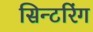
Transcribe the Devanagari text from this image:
सिन्टरिंग